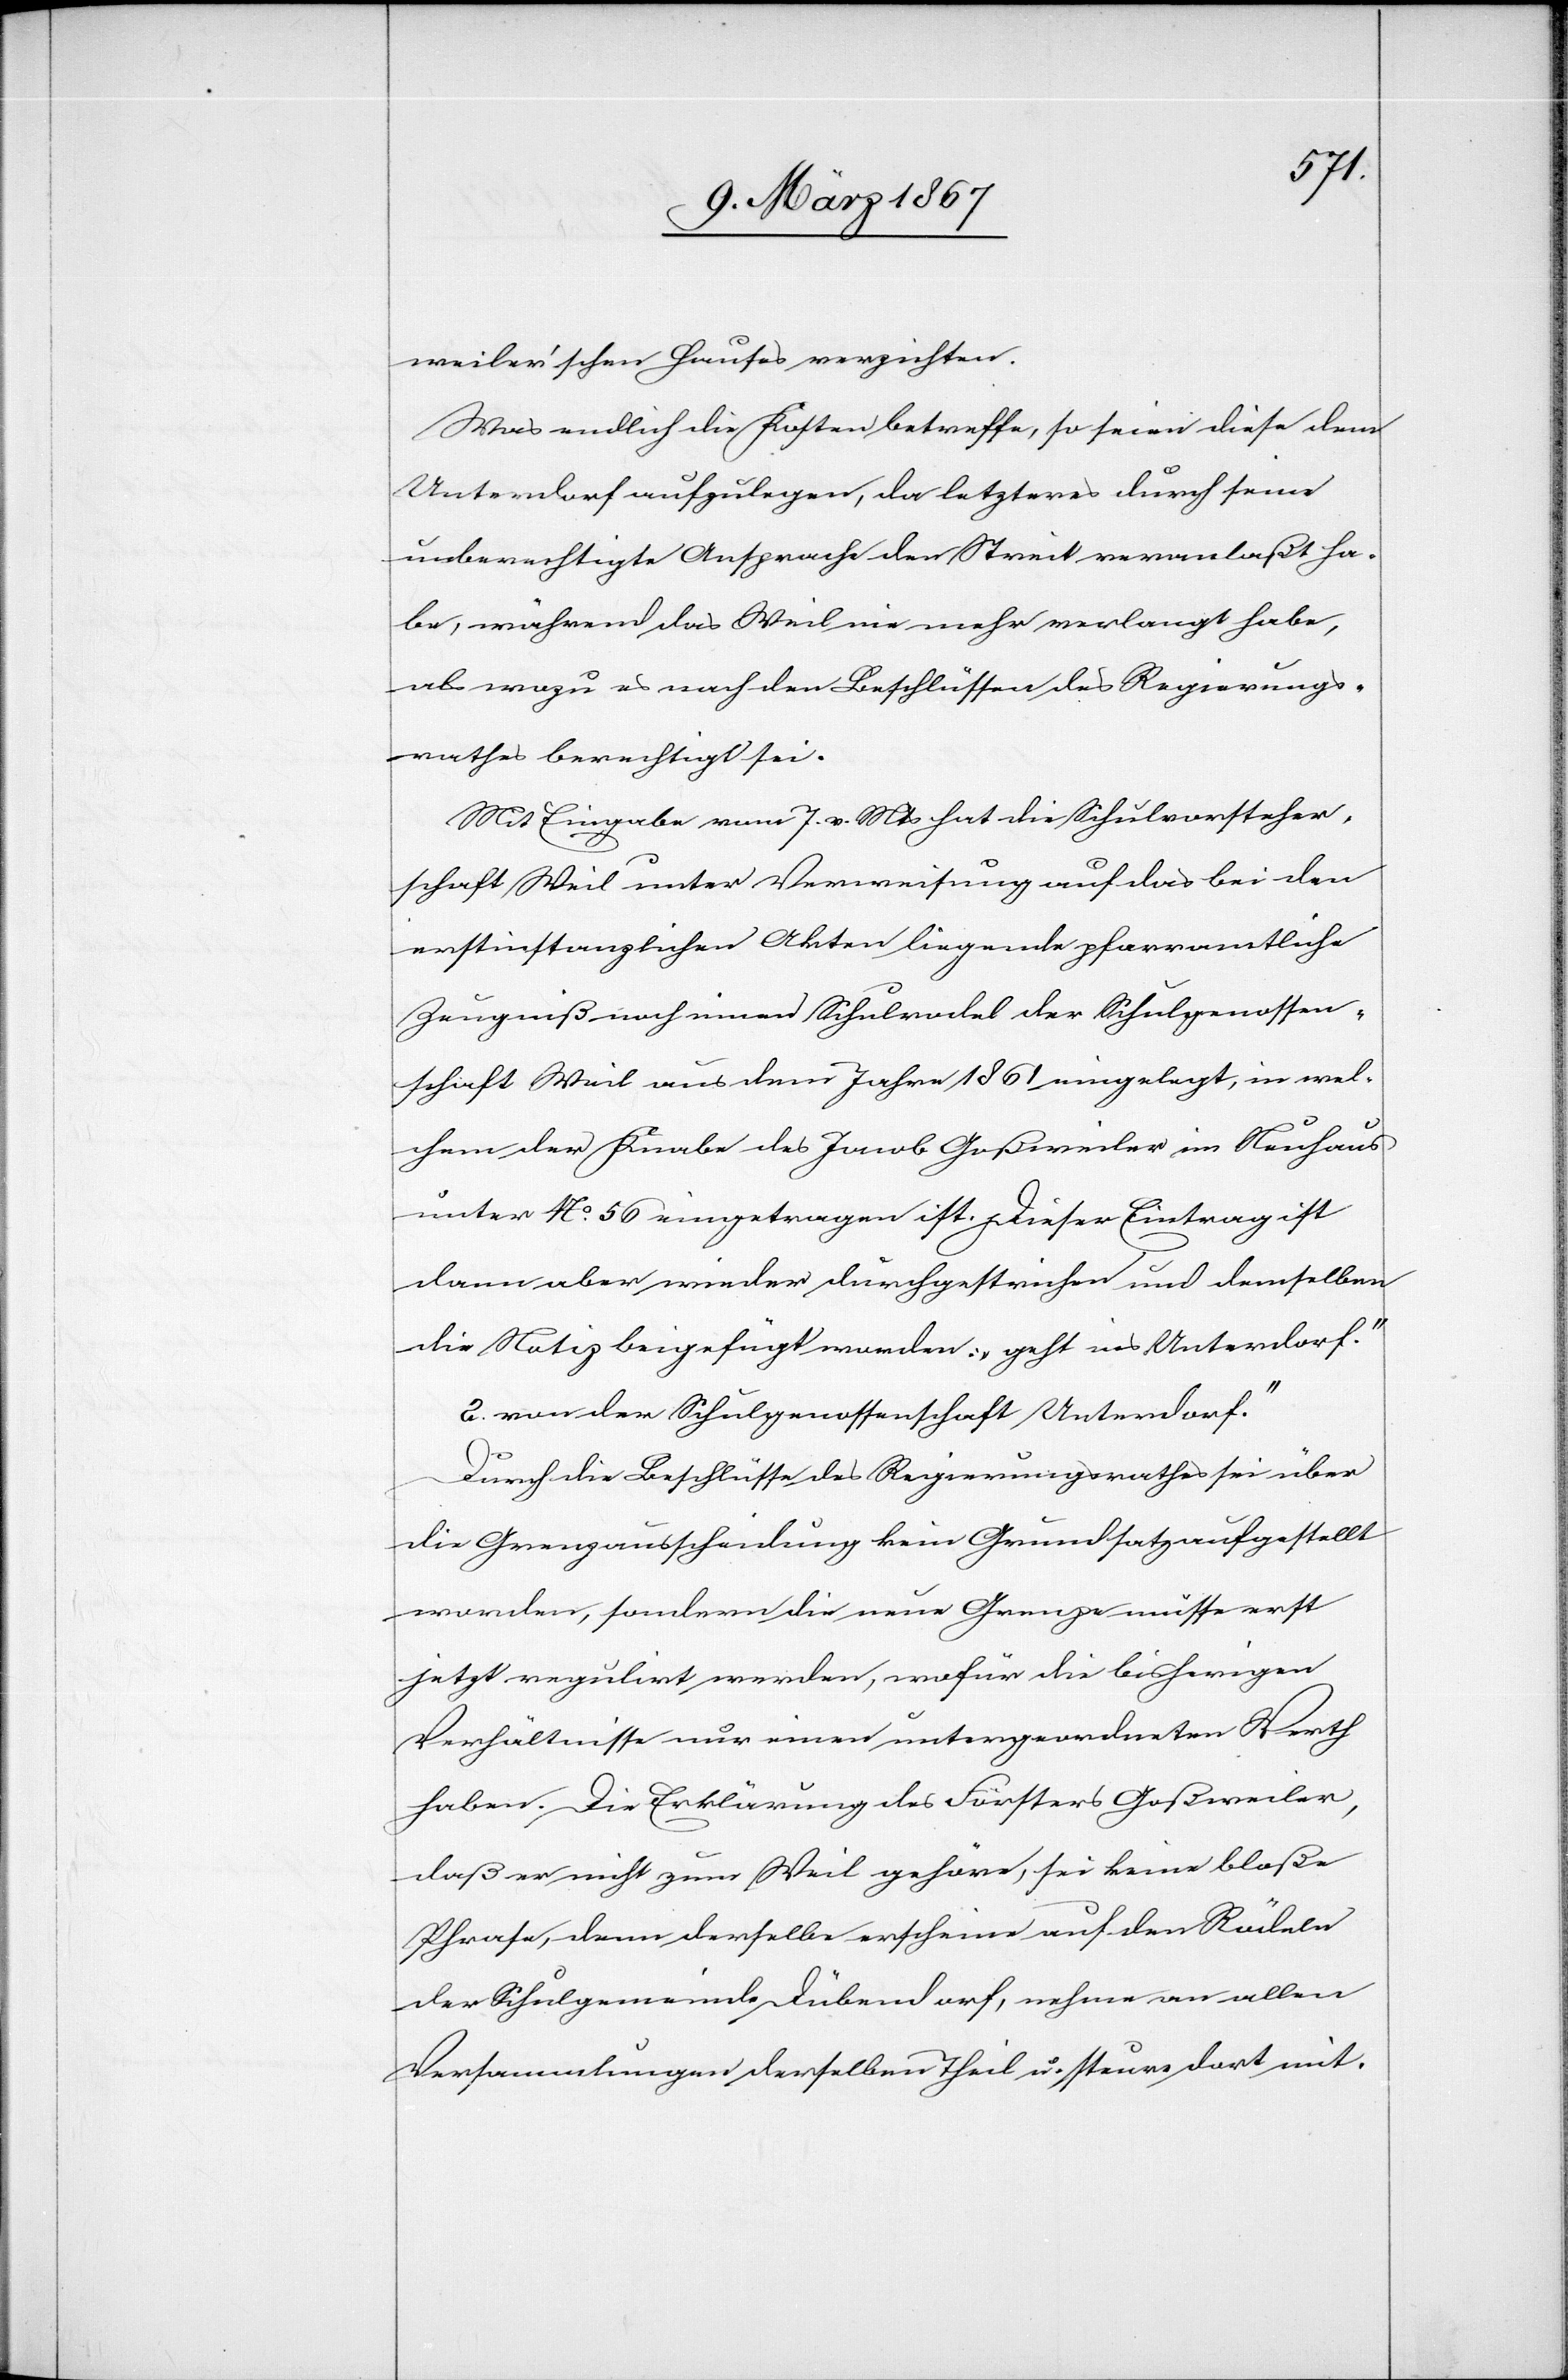
weiler’schen Hauses verzichten.
Was endlich die Kosten betreffe, so seien diese dem
Unterdorf aufzulegen, da letzteres durch seine
unberechtigte Ansprache den Streit veranlaßt ha¬
be, während das Weil nie mehr verlangt habe,
als wozu es nach den Beschlüssen des Regierungs¬
rathes berechtigt sei.
Mit Eingabe vom 7. v. Mts hat die Schulvorsteher¬
schaft Weil unter Verweisung auf das bei den
erstinstanzlichen Akten liegende pfarramtliche
Zeugniß noch einen Schulrodel der Schulgenossen¬
schaft Weil aus dem Jahre 1861 eingelegt, in wel¬
chem der Knabe des Jacob Goßweiler im Neuhaus
unter No. 56 eingetragen ist. Dieser Eintrag ist
dann aber wieder durchgestrichen und demselben
die Notiz beigefügt worden: „geht ins Unterdorf“.
[„]von der Schulgenossenschaft Unterdorf“.
Durch die Beschlüsse des Regierungsrathes sei über
die Grenzausscheidung kein Grundsatz aufgestellt
worden, sondern die neue Grenze müsse erst
jetzt regulirt werden, wofür die bisherigen
Verhältnisse nur einen untergeordneten Werth
haben. Die Erklärung des Försters Goßweiler,
daß er nicht zum Weil gehöre, sei keine bloße
Phrase, denn derselbe erscheine auf den Rödeln
der Schulgemeinde Dübendorf, nehme an allen
Versammlungen derselben Theil u. steure dort mit.